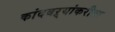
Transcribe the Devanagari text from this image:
कांदबऱ्यांकरीता